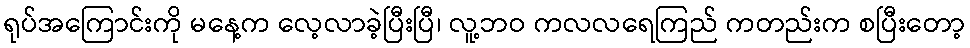
ရုပ်အကြောင်းကို မနေ့က လေ့လာခဲ့ပြီးပြီ၊ လူ့ဘဝ ကလလရေကြည် ကတည်းက စပြီးတော့